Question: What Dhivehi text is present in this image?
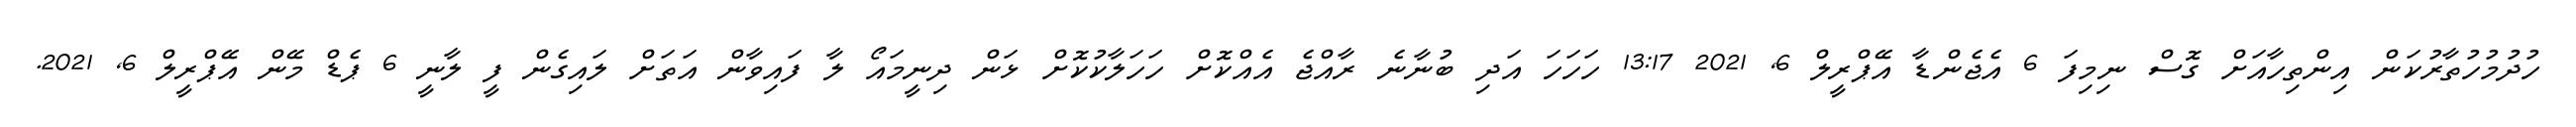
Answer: ހުދުމުހުތާރުކަން އިންތިހާއަށް ގޮސް ނިމިފަ 6 އެޖެންޑާ އޭޕްރީލް 6, 2021 13:17 ހަހަހަ އަދި ބުނާނެ ރާއްޖެ އެއްކޮށް ހަހަލާކުކޮށް ޅަން ދިނީމައޯ ލާ ފައިވާން އަތަށް ލައިގެން ފީ ލާނީ 6 ޕެޑް މޭން އޭޕްރީލް 6, 2021.